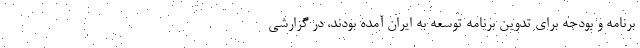
برنامه و بودجه برای تدوین برنامه توسعه به ایران آمده بودند، در گزارشی